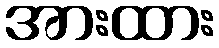
အားထား